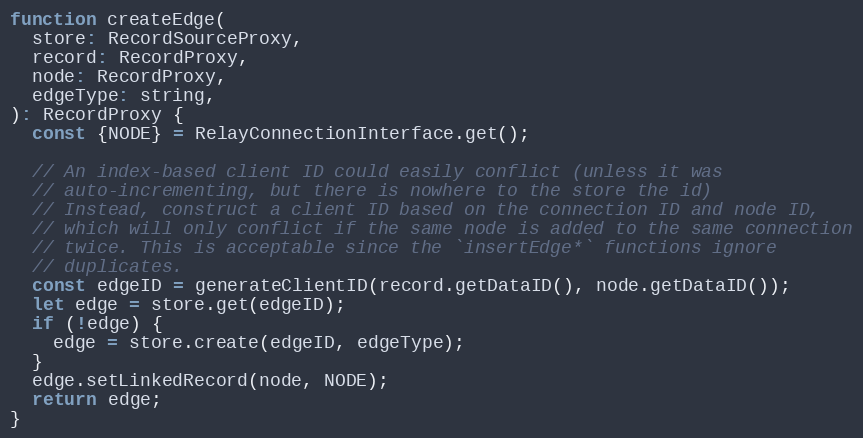
Language: JavaScript
function createEdge(
  store: RecordSourceProxy,
  record: RecordProxy,
  node: RecordProxy,
  edgeType: string,
): RecordProxy {
  const {NODE} = RelayConnectionInterface.get();

  // An index-based client ID could easily conflict (unless it was
  // auto-incrementing, but there is nowhere to the store the id)
  // Instead, construct a client ID based on the connection ID and node ID,
  // which will only conflict if the same node is added to the same connection
  // twice. This is acceptable since the `insertEdge*` functions ignore
  // duplicates.
  const edgeID = generateClientID(record.getDataID(), node.getDataID());
  let edge = store.get(edgeID);
  if (!edge) {
    edge = store.create(edgeID, edgeType);
  }
  edge.setLinkedRecord(node, NODE);
  return edge;
}